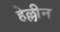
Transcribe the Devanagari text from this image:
हेल्लीन